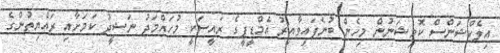
އިލެކްޝަންސް ކޮމިޝަނުން މިހެން ބުނެފައިވާއިރު އެމްޑީޕީގެ ރައީސަކީ މުހައްމަދު ނަޝީދު ކަމަށާއި ރައްޔިތުންގެ